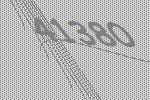
41380